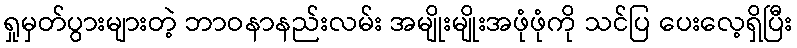
ရှုမှတ်ပွားများတဲ့ ဘာဝနာနည်းလမ်း အမျိုးမျိုးအဖုံဖုံကို သင်ပြ ပေးလေ့ရှိပြီး